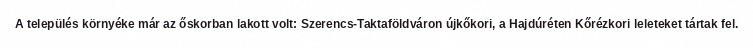
A település környéke már az őskorban lakott volt: Szerencs-Taktaföldváron újkőkori, a Hajdúréten Kőrézkori leleteket tártak fel.